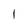
Character: 1